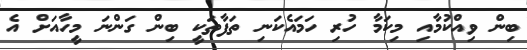
ބިން ވިއްކުމާއި މިކަމާ ހުރި ހަމައެކަނި ތަފާތަކީ ބިން ގަންނަ މީހާއަށް އެ